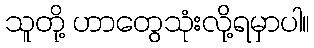
သူတို့ ဟာတွေသုံးလို့ရမှာပါ။